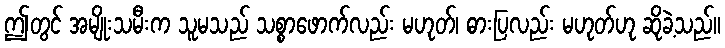
ဤတွင် အမျိုးသမီးက သူမသည် သစ္စာဖောက်လည်း မဟုတ်၊ ဓားပြလည်း မဟုတ်ဟု ဆိုခဲ့သည်။